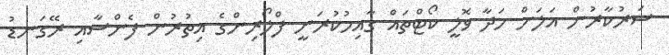
ސަރުކާރުން އަލަށް ހަދާ ވޮލީ ކޯޓްތައް ގާއިމުކުރަނީ ފްލޯރިންގެ އިތުރުން ފެންސާއި ރޭގަނޑު